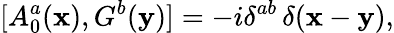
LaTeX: [A_{0}^{a}({\mathbf x}),G^{b}({\mathbf y})]=-i\delta^{ab}\, \delta({\mathbf x}-{\mathbf y}),